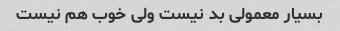
بسیار معمولی بد نیست ولی خوب هم نیست